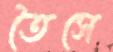
তৈসে